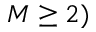
M \ge 2 )